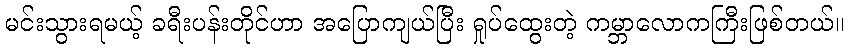
မင်းသွားရမယ့် ခရီးပန်းတိုင်ဟာ အပြောကျယ်ပြီး ရှုပ်ထွေးတဲ့ ကမ္ဘာလောကကြီးဖြစ်တယ်။